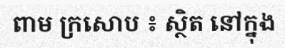
ពាម ក្រសោប ៖ ស្ថិត នៅក្នុង